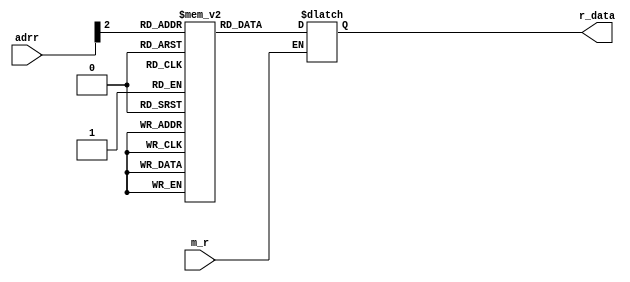
module Ins_Mem_Read( input [31:0] adrr, input m_r, output [31:0]r_data);

  reg [31:0] r_data ;
  reg  t_A ;
  reg [31:0] Ins_M_Arr [255:0];
  integer t;
  initial begin
    //integer inst_count;
    Ins_M_Arr[0]=32'b10001100010000110000000000000010;
    Ins_M_Arr[1]=32'b00000000110000110010000000100000;
    Ins_M_Arr[2]=32'b00000000001001110011000000100010;
    Ins_M_Arr[3]=32'b00000000001010010100000000100010;
    for (t=4; t<=255; t=t+1)   
        Ins_M_Arr[t]=32'b0;
  end
  always@( adrr , m_r , Ins_M_Arr[adrr])                                                 
  begin
    if(m_r)
    begin
      t_A=adrr>>2;
      r_data=Ins_M_Arr[t_A];                       
    end
  end
endmodule